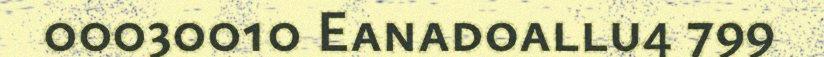
00030010 Eanadoallu4 799